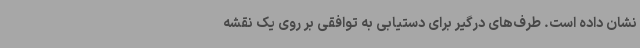
نشان داده است. طرف‌های درگیر برای دستیابی به توافقی بر روی یک نقشه